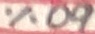
Text: 60%